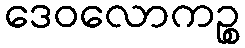
ဒေဝလောကဉ္စ